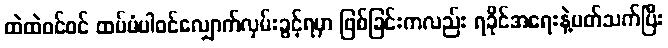
ထဲထဲဝင်ဝင် ထပ်မံပါဝင်လျှောက်လှမ်းခွင့်ရမှာ ဖြစ်ခြင်းကလည်း ရခိုင်အရေးနဲ့ပတ်သက်ပြီး